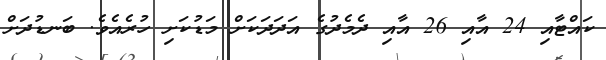
ކައްޓާއި 24 އާއި 26 އާއި ދެމެދުގެ އަދަދަކަށް މަޑުކަށި ހުރެއެވެ. ބަނޑުދަށް